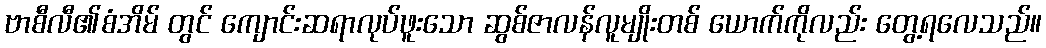
ဗာစီလီ၏စံအိမ် တွင် ကျောင်းဆရာလုပ်ဖူးသော ဆွစ်ဇာလန်လူမျိုးတစ် ယောက်ကိုလည်း တွေ့ရလေသည်။